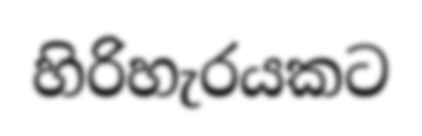
හිරිහැරයකට